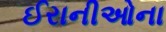
ઈરાનીઓના